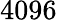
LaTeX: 4096